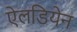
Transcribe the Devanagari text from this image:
ऐलडियेन